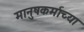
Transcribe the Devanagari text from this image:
मानुषकर्माच्या